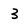
Character: 3